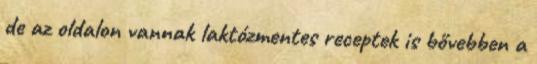
de az oldalon vannak laktózmentes receptek is bővebben a